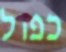
כפול